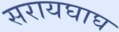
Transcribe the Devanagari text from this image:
सरायघाघ